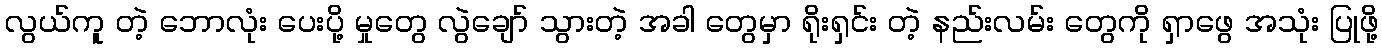
လွယ်ကူ တဲ့ ဘောလုံး ပေးပို့ မှုတွေ လွဲချော် သွားတဲ့ အခါ တွေမှာ ရိုးရှင်း တဲ့ နည်းလမ်း တွေကို ရှာဖွေ အသုံး ပြုဖို့